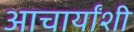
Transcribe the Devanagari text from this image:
आचार्यांशी